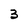
Character: 3